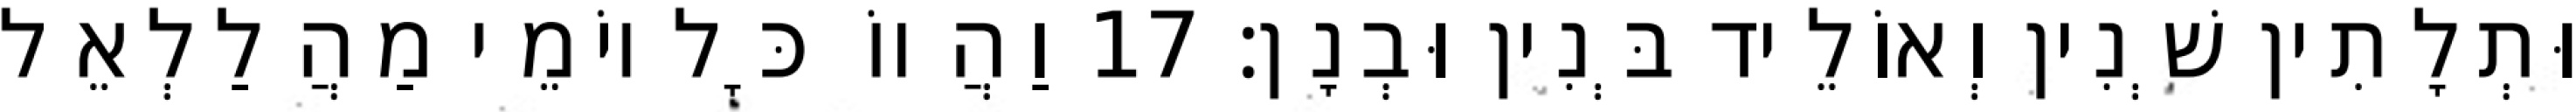
וּתְלָתִין שְׁנִין וְאוֹלֵיד בְּנִין וּבְנָן׃ 17 וַהֲווֹ כָּל יוֹמֵי מַהֲלַלְאֵל